Medical and sanitary report of the native army of Bengal for the year
Year: 1875
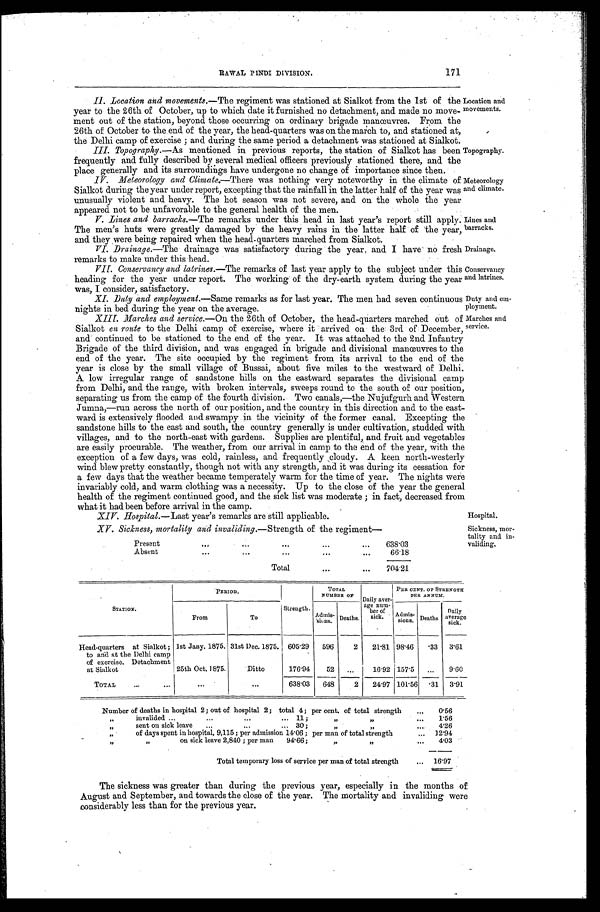
Topography.
Meteorology
tnd climate.
XV. Sickness, mortality and invaliding.— Strength of the regiment
—
Present
. . .
. . .
. . .
...
638.03
Absent
. . .
...
...
. . .
66.18
Total
...
704.21
Sickness, mor
tality and in-
validing.
171
RAWAL PINDI DIVISION.
II. Location and movements.— The regiment was stationed at Sialkot from the 1st of the
year to the 26th of October, up to which date it furnished no detachment, and made no move
ment out of the station, beyond those occurring on ordinary brigade manœuvres. From the
26th of October to the, end of the year, the head-quarters was on the march to, and stationed at,
the Delhi camp of exercise : and during the same period a detachment was stationed at Sialkot.
III. Topography.—As mentioned in previous reports, the station of Sialkot has been
frequently and fully described by several medical officers previously stationed there, and th
e place generally and its surroundings have undergone no change of importance since then.
IV. Meteorology and Climate.—There was nothing very noteworthy in the climate of
Sialkot during the year under report, excepting that the rainfall in the latter half of the year was
unusually violent and heavy. The hot season was not severe, and on the whole the
y e a r a p p e a r e d n o t t o b e u n f a v o r a b l e t o t h e g e n e r a l h e a l t h o f t h e m e n .
location and
novements.
Lines and
barracks.
Drainnage.
Conservancy
and latrines.
Duty and em
plovment.
V. Lines and barracks.—The remarks under this head in last year's report still apply.
The men's huts were greatly damaged by the heavy rains in the latter half of the year,
and they were being repaired when the head-quarters marched from Sialkot.
VI. Drainage.—The drainage was satisfactory during the year, and I have no fresh
remarks to make under this head.
VII. Conservancy and latrines.— The remarks of last year apply to the subject under this
heading for the year under report. The working of the dry-earth system during the yea
r was, I consider, satisfactory.
XI. Duty and employment.— Same remarks as for last year. The men had seven continuous
nights in bed during the year on the average.
XIII. Marches and service.— On the 26th of October, the head-quarters marched out of
Sialkot en route to the Delhi camp of exercise, where it': arrived on the: 3rd of : December,
and continued to be stationed to the end of the year. It was attached to the 2nd Infantry
Brigade of the third division, and was engaged in brigade and divisional manœuvres to the
end of the year. The site occupied by the regiment from its arrival to the end of the
year is close by the small village of Bussai, about five miles to the westward of Delhi.
A low irregular range of sandstone hills on the eastward separates the divisional camp
from Delhi, and the range, with broken intervals, sweeps round to the south of our position,
separating us from the camp of the fourth division. Two canals,—the Nujufgurh and Western
Jumna,—run across the north of our position, and the country in this direction and to the east-
ward is extensively flooded and swampy in the vicinity of the former canal. Excepting the
sandstone hills to the east and south, the country generally is under cultivation, studded with
villages, and to the north-east with gardens. Supplies are plentiful, and fruit and vegetables
are easily procurable. The weather, from our arrival in camp to the end of the year, with the
exception of a few days, was cold, rainless, and frequently cloudy. A keen north-westerly
wind blew pretty constantly, though not with any strength, and it was during its cessation for
a few days that the weather became temperately warm for the time of year. The nights were
invariably cold, and warm clothing was a necessity. Up to the close of the year the general
health of the regiment continued good, and the sick list was moderate ; in fact, decreased from
what it had been before arrival in the camp.
Marches and
service.
XIV. Hospital.—Last year's remarks are still applicable.
Hospital.
STATION.
PERIOD.
Strength.
T O T A L N U M B E R O F
Daily average number of sick.
PER CENT. OF STRENGTH
PER ANNUM.
Prom
To
Admis
sions.
D e a t h s .
Admis
sions.
Deaths
Daily
average
sick.
Head-quarters at Sialkot ; 1st Jany. 1875. 31st Dec. 1875. 605.29
596
2
21.81 98.46
.33
3.61
to and at the Delhi camp
of exercise. Detachment
at Sialkot
25th Oct. 1875.
Ditto
176.94
52
...
16.92 157.5
...
9.60
TOTAL
...
...
...
...
638.03
648
2
24.97 101.56
.31
3.91
Number of deaths in hospital 2; out of hospital 2; total 4; per cent, of total strength
...
0.56
„
invalided ...
...
...
... 11;
„ „
...
1.56
„
sent on sick leave
...
...
... 30 ;
„
„
4.26
„
of days spent in hospital, 9,115; per admission 14.06 ; per man of total strength
... 12.94
„ „
on sick leave 2,840 ; per man
94.66;
„ „
...
.
4.03
Total temporary loss of service per man of total strength
...
16.97
The sickness was greater than during the previous year, especially in the months of
August and September, and towards the close of the year. The mortality and invaliding were
considerably less than for the previous year.